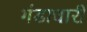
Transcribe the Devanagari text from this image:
गंडाधारी